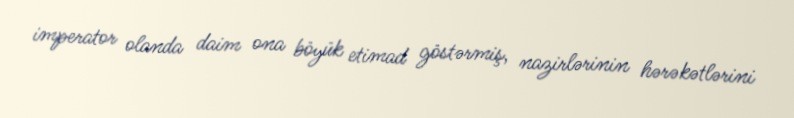
imperator olanda daim ona böyük etimad göstərmiş, nazirlərinin hərəkətlərini